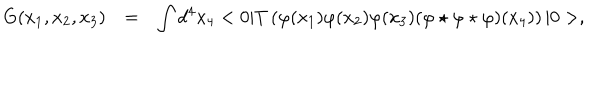
LaTeX: \begin{array} { r c l } { { G ( x _ { 1 } , x _ { 2 } , x _ { 3 } ) } } & { { = } } & { { \displaystyle \int d ^ { 4 } x _ { 4 } < 0 | T \left( \varphi ( x _ { 1 } ) \varphi ( x _ { 2 } ) \varphi ( x _ { 3 } ) ( \varphi \star \varphi \star \varphi ) ( x _ { 4 } ) \right) | 0 > , } } \\ \end{array}